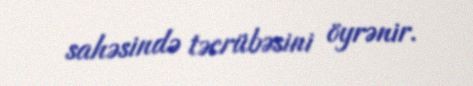
sahəsində təcrübəsini öyrənir.